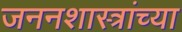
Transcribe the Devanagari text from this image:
जननशास्त्रांच्या